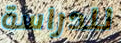
للدراسة